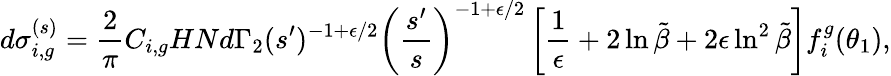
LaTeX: d\sigma_{i,g}^{(s)}=\frac{2}{\pi}C_{i,g}HNd\Gamma_{2}(s^{\prime})^{-1+\epsilon/2}\left(\frac{s^{\prime}}{s}\right)^{-1+\epsilon/2}\left[\frac{1}{\epsilon}+2\ln\tilde{\beta}+2\epsilon\ln^{2}\tilde{\beta}\right]f_{i}^{g}(\theta_{1}),